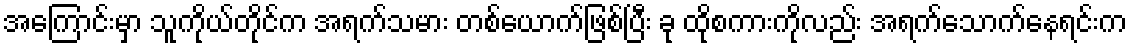
အကြောင်းမှာ သူကိုယ်တိုင်က အရက်သမား တစ်ယောက်ဖြစ်ပြီး ခု ထိုစကားကိုလည်း အရက်သောက်နေရင်းက